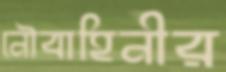
নৌবাহিনীর